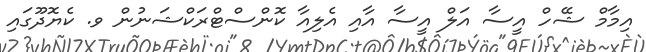
އިމާމް ޝޭހް އީސާ އަލް އީސާ އާއި އެލިއާ ކޮންސްޓްރަކްޝަނުން ވ. ކެޔޮދޫގައި